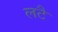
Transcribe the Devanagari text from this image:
लटै